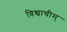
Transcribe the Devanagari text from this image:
विश्वाचीम्